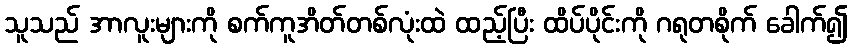
သူသည် အာလူးများကို စက်ကူအိတ်တစ်လုံးထဲ ထည့်ပြီး ထိပ်ပိုင်းကို ဂရုတစိုက် ခေါက်၍